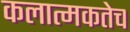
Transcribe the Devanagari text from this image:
कलात्मकतेच